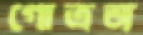
গোত্রজ